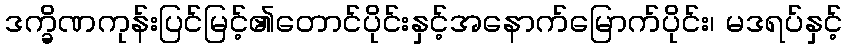
ဒက္ခိဏကုန်းပြင်မြင့်၏တောင်ပိုင်းနှင့်အနောက်မြောက်ပိုင်း၊ မဒရပ်နှင့်